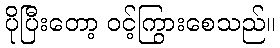
ပိုပြီးတော့ ဝင့်ကြွားစေသည်။